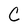
Character: C